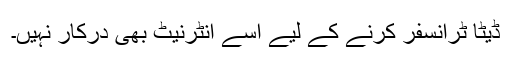
ڈیٹا ٹرانسفر کرنے کے لیے اسے انٹرنیٹ بھی درکار نہیں۔